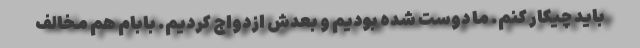
باید چیکار کنم. ما دوست شده بودیم و بعدش ازدواج کردیم. بابام هم مخالف